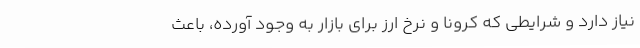
نیاز دارد و شرایطی که کرونا و نرخ ارز برای بازار به وجود آورده، باعث